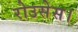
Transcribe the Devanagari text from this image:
रोउसेस।